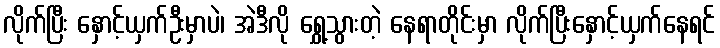
လိုက်ပြီး နှောင့်ယှက်ဦးမှာပဲ၊ အဲဒီလို ရွှေ့သွားတဲ့ နေရာတိုင်းမှာ လိုက်ပြီးနှောင့်ယှက်နေရင်